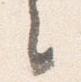
々